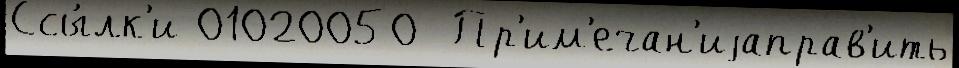
Ссы́лк'и 01020050  Пр'им'ечан'иjаправ'ить